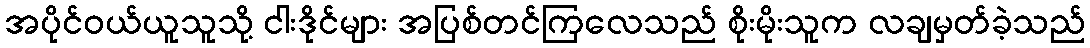
အပိုင်ဝယ်ယူသူသို့ ငါးဒိုင်များ အပြစ်တင်ကြလေသည် စိုးမိုးသူက လချမှတ်ခဲ့သည်